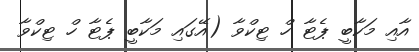
އާއި މަކާބީ ޕެޓާ ހް ޓިކްވާ (އޭގައި މަކާބީ ޕެޓާ ހް ޓިކްވާ